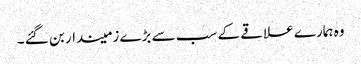
وہ ہمارے علاقے کے سب سے بڑے زمیندار بن گئے ۔